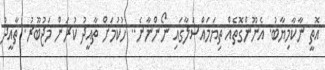
އޮތީ ނާކާމިޔާބު. އެނޫންގޮތެއް ތިޔަމައްސަލާގައި ނޯންނާނެ.. ހުކުމަށް ތާއީދު ކުރަން މަޖުބޫރު. ތާއީދު